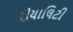
રીયાલિટી